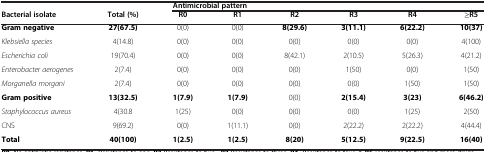
<table><thead><tr><td><b> </b></td><td><b> </b></td><td colspan="6"><b>Antimicrobial pattern</b></td></tr><tr><td><b>Bacterial isolate</b></td><td><b>Total (%)</b></td><td><b>R0</b></td><td><b>R1</b></td><td><b>R2</b></td><td><b>R3</b></td><td><b>R4</b></td><td><b>≥R5</b></td></tr></thead><tbody><tr><td><b>Gram negative</b></td><td><b>27(67.5)</b></td><td>0(0)</td><td>0(0)</td><td><b>8(29.6)</b></td><td><b>3(11.1)</b></td><td><b>6(22.2)</b></td><td><b>10(37)</b></td></tr><tr><td><i>Klebsiella species</i></td><td>4(14.8)</td><td>0(0)</td><td>0(0)</td><td>0(0)</td><td>0(0)</td><td>0(0)</td><td>4(100)</td></tr><tr><td><i>Escherichia coli</i></td><td>19(70.4)</td><td>0(0)</td><td>0(0)</td><td>8(42.1)</td><td>2(10.5)</td><td>5(26.3)</td><td>4(21.2)</td></tr><tr><td><i>Enterobacter aerogenes</i></td><td>2(7.4)</td><td>0(0)</td><td>0(0)</td><td>0(0)</td><td>1(50)</td><td>0(0)</td><td>1(50)</td></tr><tr><td><i>Morganella morgani</i></td><td>2(7.4)</td><td>0(0)</td><td>0(0)</td><td>0(0)</td><td>0(0)</td><td>1(50)</td><td>1(50)</td></tr><tr><td><b>Gram positive</b></td><td><b>13(32.5)</b></td><td><b>1(7.9)</b></td><td><b>1(7.9)</b></td><td>0(0)</td><td><b>2(15.4)</b></td><td><b>3(23)</b></td><td><b>6(46.2)</b></td></tr><tr><td><i>Staphylococcus aureus</i></td><td>4(30.8</td><td>1(25)</td><td>0(0)</td><td>0(0)</td><td>0(0)</td><td>1(25)</td><td>2(50)</td></tr><tr><td>CNS</td><td>9(69.2)</td><td>0(0)</td><td>1(11.1)</td><td>0(0)</td><td>2(22.2)</td><td>2(22.2)</td><td>4(44.4)</td></tr><tr><td><b>Total</b></td><td><b>40(100)</b></td><td><b>1(2.5)</b></td><td><b>1(2.5)</b></td><td><b>8(20)</b></td><td><b>5(12.5)</b></td><td><b>9(22.5)</b></td><td><b>16(40)</b></td></tr></tbody></table>